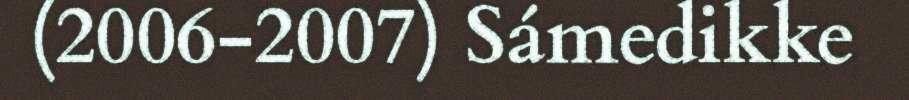
(2006-2007) Sámedikke